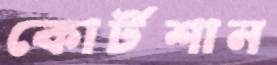
কোর্টশান